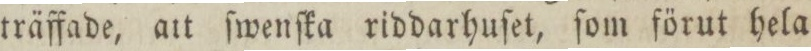
träffade, att ſwenſka riddarhuſet, ſom förut hela